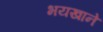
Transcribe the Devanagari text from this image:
भयखाने